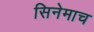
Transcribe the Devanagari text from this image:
सिनेमाच